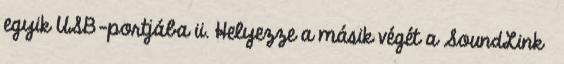
egyik USB-portjába ii. Helyezze a másik végét a SoundLink®